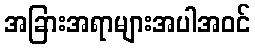
အခြားအရာများအပါအဝင်